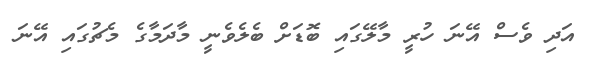
އަދި ވެސް އޭނަ ހުރީ މާލޭގައި ބޮޑަށް ބެލެވެނީ މާދަމާގެ މެޗުގައި އޭނަ